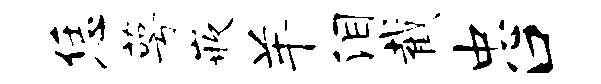
恁萼嵌羊泪截忠口